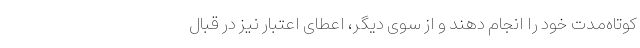
کوتاه‌مدت خود را انجام دهند و از سوی دیگر، اعطای اعتبار نیز در قبال